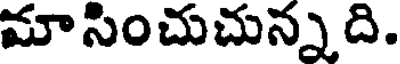
మాసించుచున్నది.